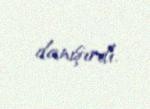
danışırdı.